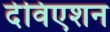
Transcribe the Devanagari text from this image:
देविएशन